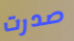
صدرت